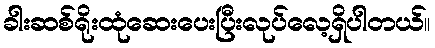
ခါးဆစ်ရိုးထုံဆေးပေးပြီးလုပ်လေ့ရှိပါတယ်။